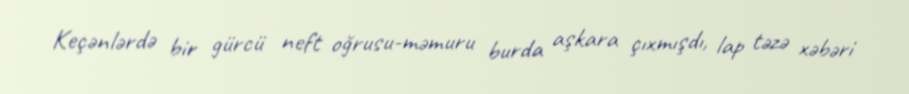
Keçənlərdə bir gürcü neft oğrusu-məmuru burda aşkara çıxmışdı, lap təzə xəbəri